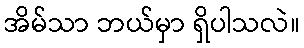
အိမ်သာ ဘယ်မှာ ရှိပါသလဲ။